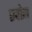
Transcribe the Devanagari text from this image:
एवोरा